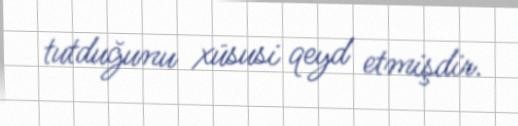
tutduğunu xüsusi qeyd etmişdir.